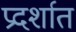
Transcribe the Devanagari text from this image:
प्रदर्शात